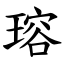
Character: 瑢